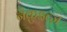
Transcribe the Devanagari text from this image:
नेक़ुइत्ज़